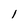
Character: 1